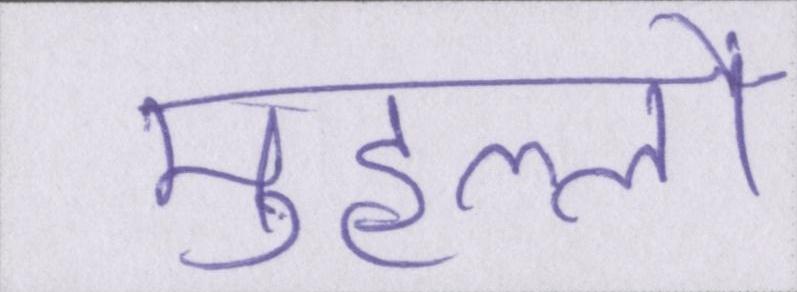
मुहल्लों